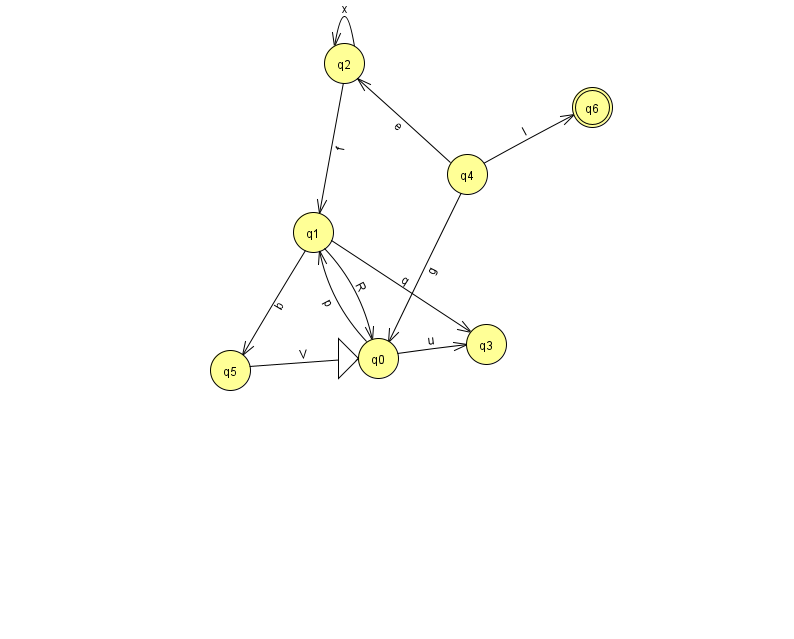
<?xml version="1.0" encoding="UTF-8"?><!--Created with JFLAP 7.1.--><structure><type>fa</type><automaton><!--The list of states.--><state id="0" name="q0"><x>378.0</x><y>345.0</y><initial/></state><state id="1" name="q1"><x>313.0</x><y>219.0</y></state><state id="2" name="q2"><x>344.0</x><y>50.0</y></state><state id="3" name="q3"><x>486.0</x><y>331.0</y></state><state id="4" name="q4"><x>467.0</x><y>161.0</y></state><state id="5" name="q5"><x>230.0</x><y>357.0</y></state><state id="6" name="q6"><x>592.0</x><y>94.0</y><final/></state><!--The list of transitions.--><transition><from>4</from><to>0</to><read>g</read></transition><transition><from>5</from><to>0</to><read>V</read></transition><transition><from>1</from><to>3</to><read>q</read></transition><transition><from>4</from><to>6</to><read>I</read></transition><transition><from>2</from><to>1</to><read>f</read></transition><transition><from>0</from><to>1</to><read>p</read></transition><transition><from>0</from><to>3</to><read>u</read></transition><transition><from>2</from><to>2</to><read>x</read></transition><transition><from>1</from><to>0</to><read>R</read></transition><transition><from>4</from><to>2</to><read>e</read></transition><transition><from>1</from><to>5</to><read>b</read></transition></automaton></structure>